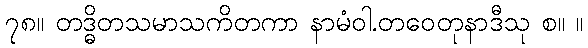
၇၈။ တဒ္ဓိတသမာသကိတကာ နာမံဝါ.တဝေတုနာဒီသု စ။ ။